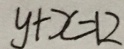
y + x = 1 2